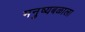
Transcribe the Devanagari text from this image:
मनुष्यबळाला